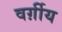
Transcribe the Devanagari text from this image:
वर्ग़ीय